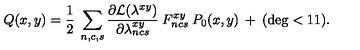
Q ( x , y ) = \frac { 1 } { 2 } \: \sum _ { n , c , s } \frac { \partial { \cal { L } } ( \lambda ^ { x y } ) } { \partial \lambda _ { n c s } ^ { x y } } \: F _ { n c s } ^ { x y } \: P _ { 0 } ( x , y ) \: + \: ( \deg < 1 1 ) .